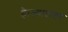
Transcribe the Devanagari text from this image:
है।ज्यादातर